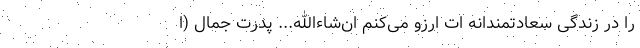
را در زندگی سعادتمندانه ات ارزو می‌کنم ان‌شاءالله... پدرت جمال (ا